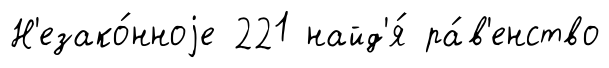
Н'езако́нноjе 221 найд'я́ ра́в'енство